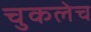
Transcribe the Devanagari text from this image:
चुकलेच